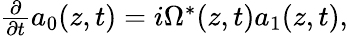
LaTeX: \begin{array}{r}{\frac{\partial}{\partial t}a_{0}(z,t)=i\Omega^{*}(z,t)a_{1}(z,t),}\end{array}